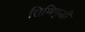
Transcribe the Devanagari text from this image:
तिथिवृद्धी